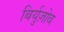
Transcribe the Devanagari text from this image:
बिर्युज़ोव